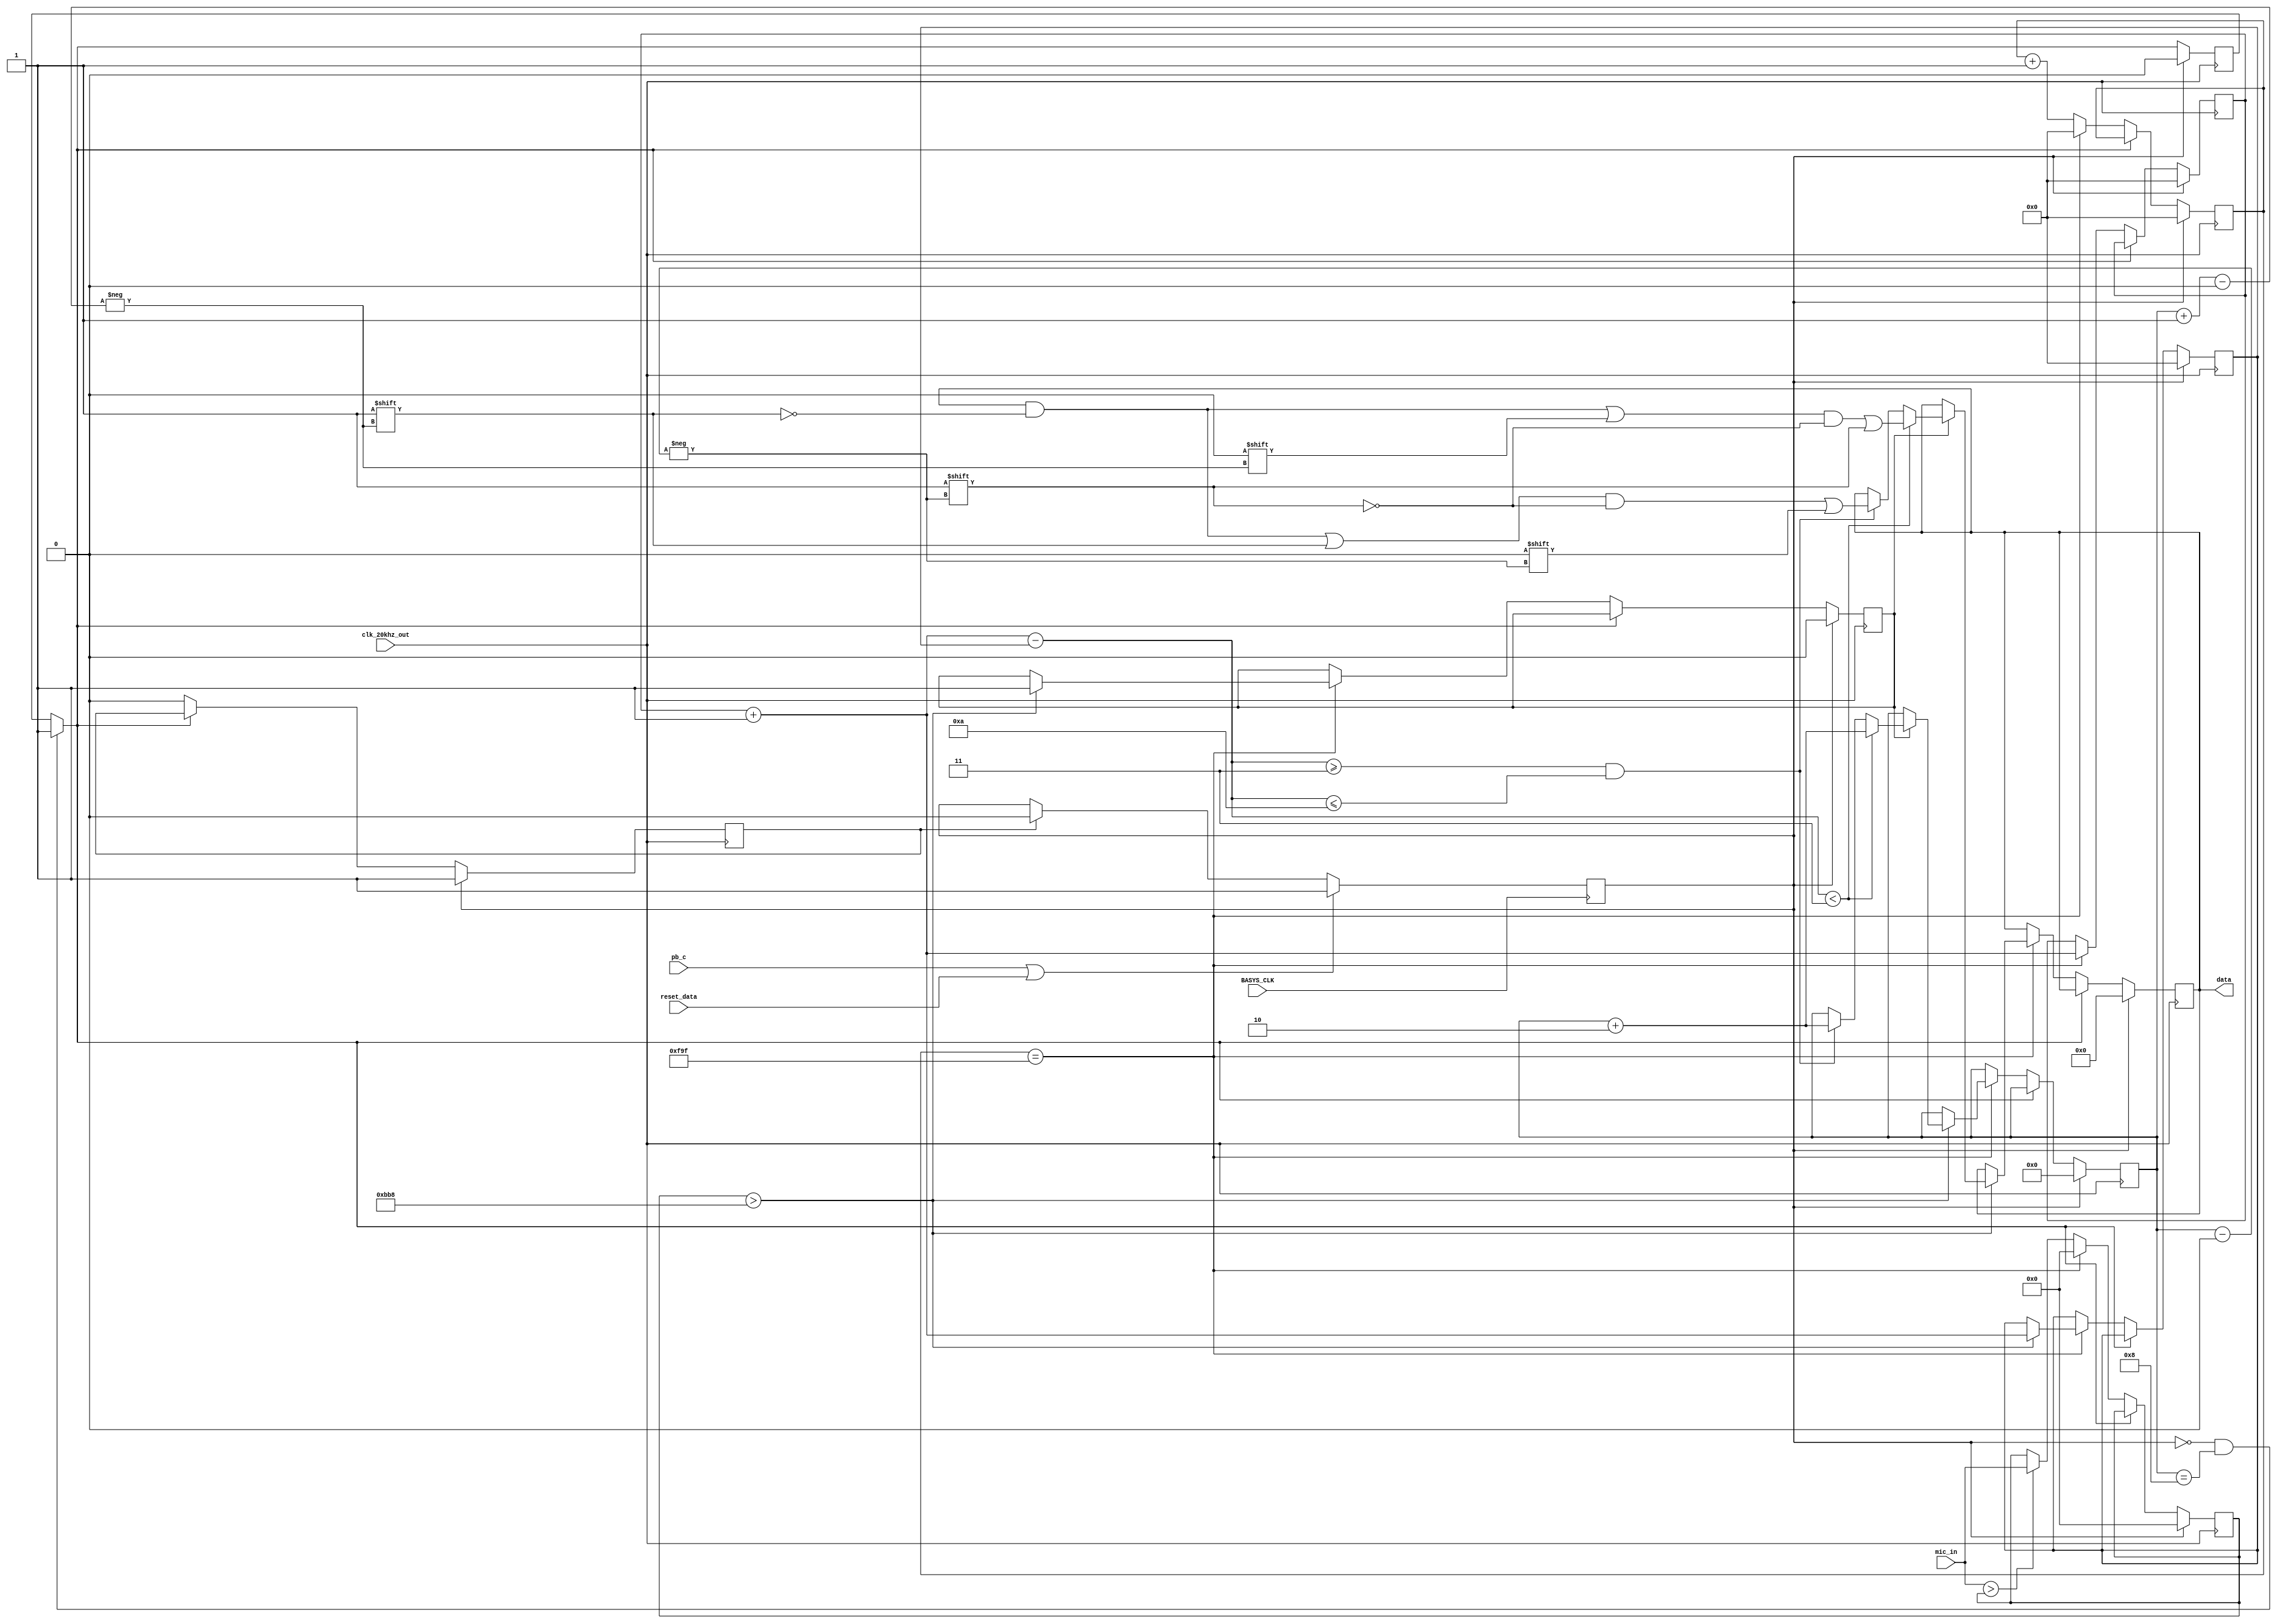
`timescale 1ns / 1ps
//////////////////////////////////////////////////////////////////////////////////
// Company: 
// Engineer: 
// 
// Design Name: 
// Module Name: morse_code_detect_input
// Project Name: 
// Target Devices: 
// Tool Versions: 
// Description: 
// 
// Dependencies: 
// 
// Revision:
// Revision 0.01 - File Created
// Additional Comments:
// 
//////////////////////////////////////////////////////////////////////////////////


module morse_code_detect_input(
    input BASYS_CLK,
    input clk_20khz_out, pb_c,
    input [11:0] mic_in,
    output [7:0] data,
    input reset_data
    );

   
    reg reset = 0, reseted = 0;
    reg [11:0] current_peak = 0;
    reg [31:0] count_mic = 0;
    reg [31:0] count_running = 0;
    reg [31:0] count_1 = 0;
    reg [31:0] count_2 = 0;
    reg [31:0] count_diff = 0;
    reg start = 0, done = 0;

    reg [7:0] detected_value = 0; // 01 -> dot, 10 -> dash
    reg [3:0] pointer = 0;

    always @(posedge BASYS_CLK) begin
        if (pb_c == 1 || reset_data == 1) begin
            reset <= 1;
        end else if (reseted == 1) begin
            reset <= 0;
        end
    end

    always @(posedge clk_20khz_out) begin 
        if (reset != 1 && pointer == 8) begin 
            done = 1;
        end
        if (reset == 1) begin
            current_peak <= 0;
            count_mic <= 0;
            count_running <= 0;
            count_1 <= 0;
            count_2 <= 0;
            count_diff <= 0;
            detected_value <= 0;
            pointer <= 0;
            done <= 0;
            reseted <= 1;
            start <= 0;
        end else if (done == 0) begin
            reseted <= 0;
            count_mic <= count_mic + 1;
            if (mic_in > current_peak) begin
                current_peak <= mic_in;
            end

            if (count_mic == 3999) begin // we get a "peak" every 0.1s // 0.2
                count_running = count_running + 1;
                if (current_peak > 3000) begin 
                    count_2 = count_running;

                    if (start != 0) begin // not the starting
                        count_diff = count_2 - count_1;
                        if (count_diff < 3) begin // dot is detected
                            detected_value[pointer + 1] <= 0;
                            detected_value[pointer] <= 1;
                            pointer <= pointer + 2;
                        end else if (count_diff >= 3 && count_diff <= 10) begin
                            detected_value[pointer + 1] <= 1;
                            detected_value[pointer] <= 0;
                            pointer <= pointer + 2;
                        end
                    end else begin
                        start <= 1;
                    end
                    count_1 <= count_2;
                end            
                current_peak <= 0;
                count_mic <= 0;
            end
        end
    end

    assign data = detected_value;

endmodule